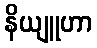
နိယျူဟာ